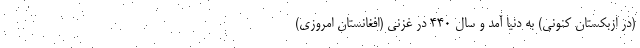
(در ازبکستان کنونی) به دنیا آمد و سال ۴۴۰ در غزنی (افغانستان امروزی)